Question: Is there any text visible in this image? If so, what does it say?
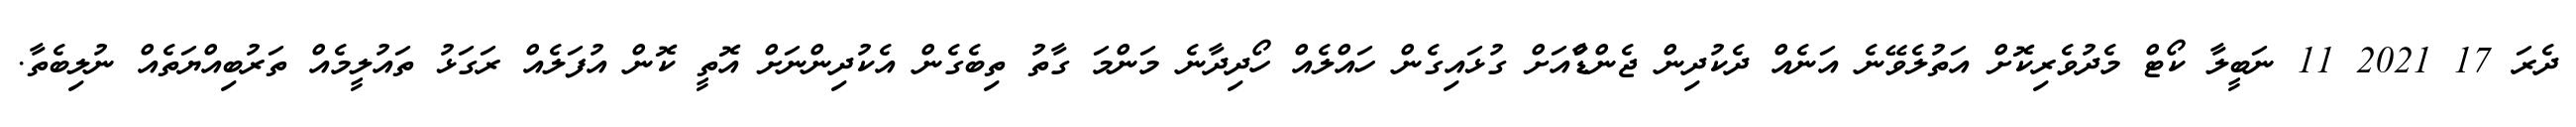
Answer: ދެރަ 17 2021 11 ނަބީލާ ކޯޓް މެދުވެރިކޮށް އަތުލެވޭނެ އަނެއް ދެކުދިން ޖެންޑާްއަށް ގުޅައިގެން ހައްލެއް ހޯދިދާނެ މަންމަ ގާތު ތިބެގެން އެކުދިންނަށް އޮތީ ކޮން އުފަލެއް ރަގަޅު ތައުލީމެއް ތަރުބިއްޔަތެއް ނުލިބެތާ.